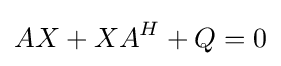
AX+XA^{H}+Q=0